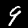
Label: 9